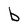
Character: b